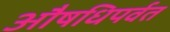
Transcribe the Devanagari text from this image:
औषधिपर्वत